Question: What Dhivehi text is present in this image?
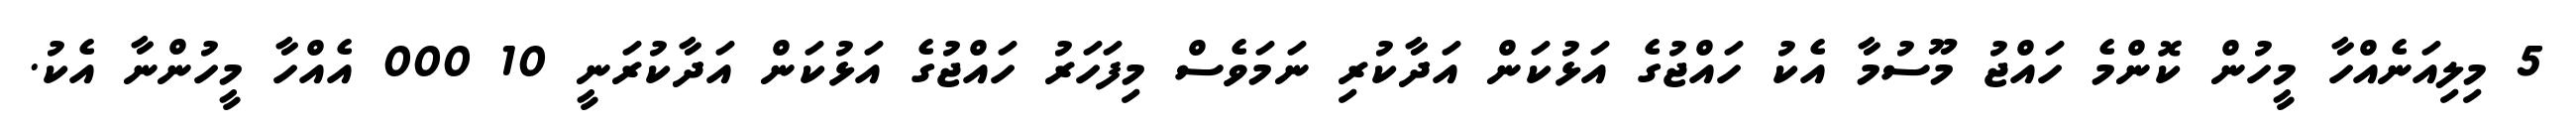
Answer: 5 މިލިއަނެއްހާ މީހުން ކޮންމެ ހައްޖު މޫސުމާ އެކު ހައްޖުގެ އަޅުކަން އަދާކުރި ނަމަވެސް މިފަހަރު ހައްޖުގެ އަޅުކަން އަދާކުރަނީ 10 000 އެއްހާ މީހުންނާ އެކު.